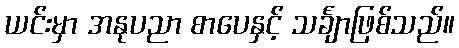
ယင်းမှာ အနုပညာ စာပေနှင့် သင်္ချာဖြစ်သည်။